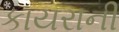
કાયરાની